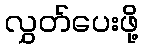
လွှတ်ပေးဖို့